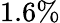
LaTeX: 1.6\%